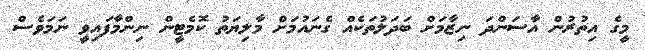
މީގެ އިތުރުން އާސަންދަ ނިޒާމަށް ބަދަލުތަކެއް ގެނައުމަށް މާލިޔަތު ކޮމެޓީން ނިންމާފައިވީ ނަމަވެސް